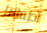
اطفالنا